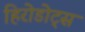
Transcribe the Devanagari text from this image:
हिरोडोट्स